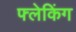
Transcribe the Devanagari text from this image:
फ्लेकिंग